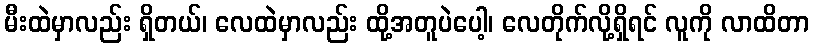
မီးထဲမှာလည်း ရှိတယ်၊ လေထဲမှာလည်း ထို့အတူပဲပေါ့၊ လေတိုက်လို့ရှိရင် လူကို လာထိတာ